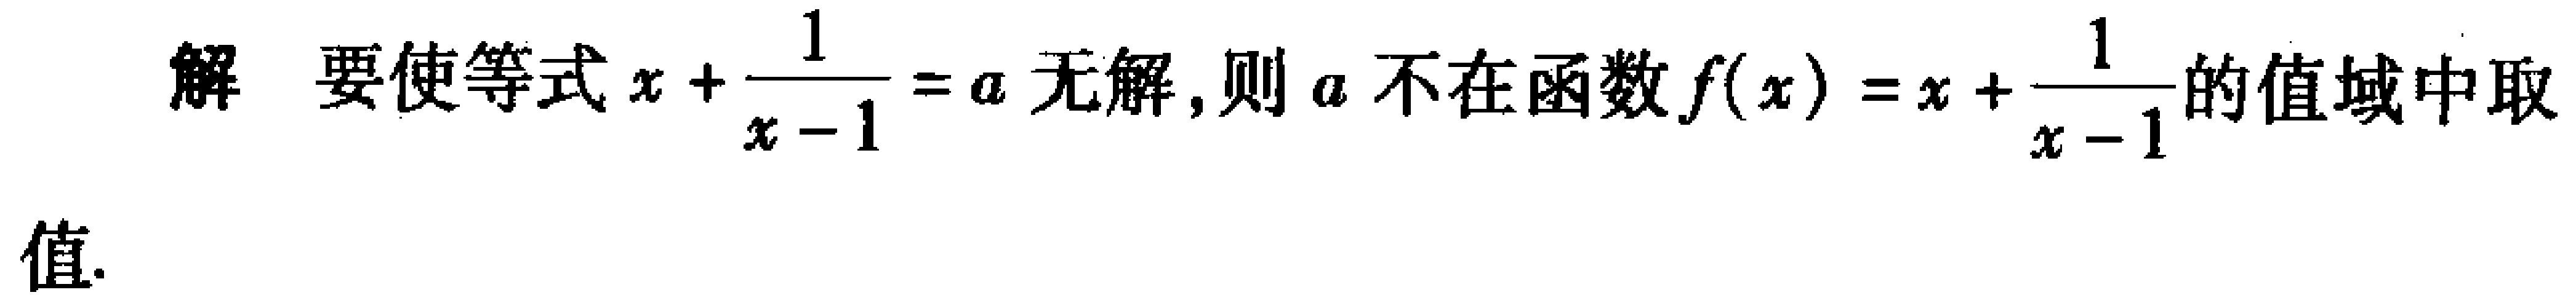
解 要使等式\(x + \frac{1}{x - 1} = a\)无解,则\(a\)不在函数\(f(x)=x + \frac{1}{x - 1}\)的值域中取值.